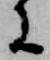
に